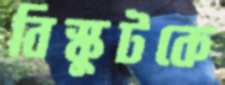
বিস্কুটকে